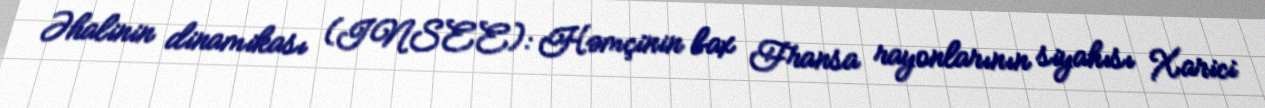
Əhalinin dinamikası (INSEE): Həmçinin bax Fransa rayonlarının siyahısı Xarici